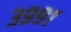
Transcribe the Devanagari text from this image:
३९९१